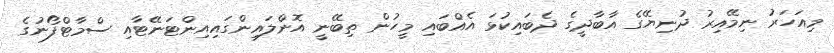
މިއަހަރު ނިމޭއިރު ދުނިޔޭގެ އާބާދީގެ ދެބައިކުޅަ އެއްބައި މީހުން ތިބޭނީ އޮންލައިންގައިއިންޓަނޭޓާއި ސްމާޓްފޯނުގެ